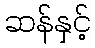
ဆန်နှင့်